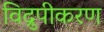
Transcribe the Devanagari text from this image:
विद्रुपीकरण